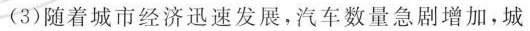
(3)随着城市经济迅速发展，汽车数量急剧增加，城